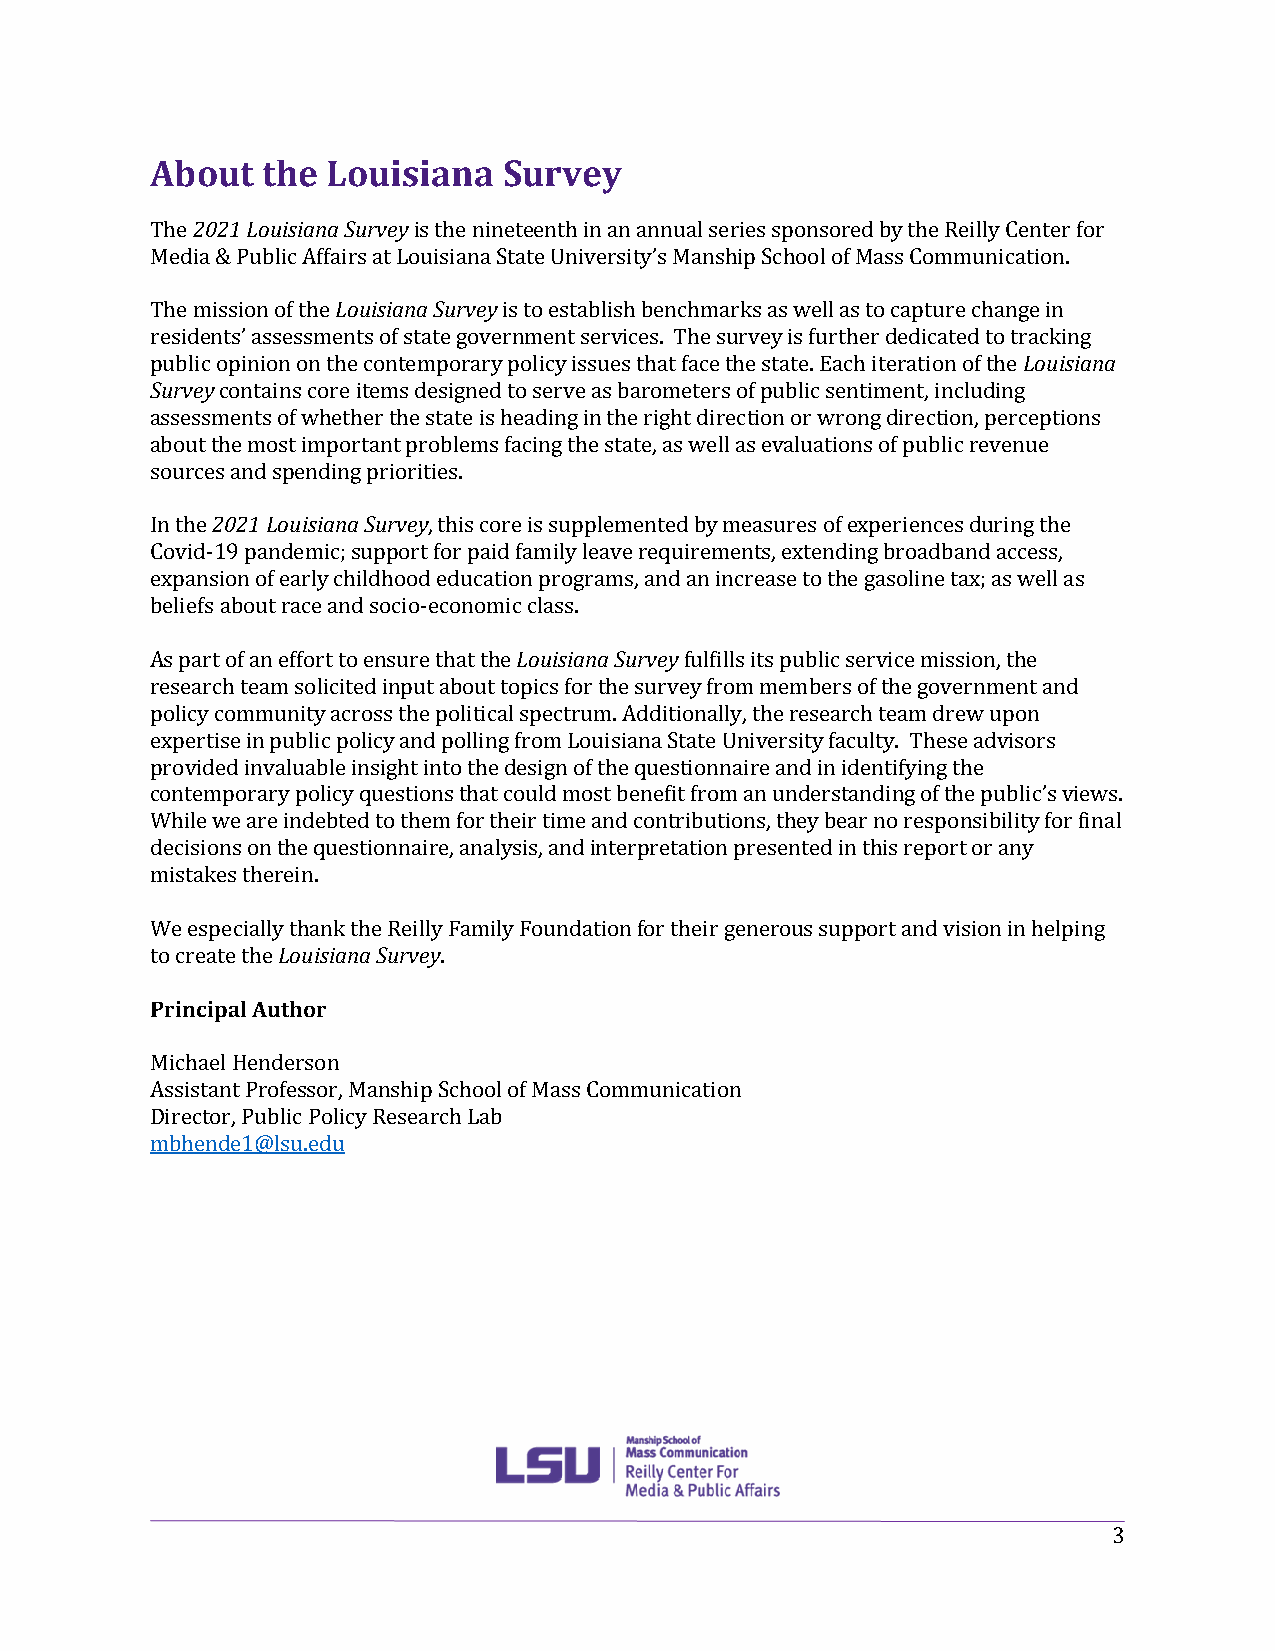
About  the  Louisiana  Survey
 The 2021 Louisiana Survey is the nineteenth in an annual series sponsored by the Reilly Center for
 Media & Public Affairs at Louisiana State University’s Manship School of Mass Communication.
 The mission of the Louisiana Survey is to establish benchmarks as well as to capture change in
 residents’ assessments of state government services. The survey is further dedicated to tracking
 public opinion on the contemporary policy issues that face the state. Each iteration of the Louisiana
 Survey contains core items designed to serve as barometers of public sentiment, including
 assessments of whether the state is heading in the right direction or wrong direction, perceptions
 about the most important problems facing the state, as well as evaluations of public revenue
 sources and spending priorities.
 In the 2021 Louisiana Survey, this core is supplemented by measures of experiences during the
 Covid-19 pandemic; support for paid family leave requirements, extending broadband access,
 expansion of early childhood education programs, and an increase to the gasoline tax; as well as
 beliefs about race and socio-economic class.
 As part of an effort to ensure that the Louisiana Survey fulfills its public service mission, the
 research team solicited input about topics for the survey from members of the government and
 policy community across the political spectrum. Additionally, the research team drew upon
 expertise in public policy and polling from Louisiana State University faculty. These advisors
 provided invaluable insight into the design of the questionnaire and in identifying the
 contemporary policy questions that could most benefit from an understanding of the public’s views.
 While we are indebted to them for their time and contributions, they bear no responsibility for final
 decisions on the questionnaire, analysis, and interpretation presented in this report or any
 mistakes therein.
 We especially thank the Reilly Family Foundation for their generous support and vision in helping
 to create the Louisiana Survey.
 Principal Author
 Michael Henderson
 Assistant Professor, Manship School of Mass Communication
 Director, Public Policy Research Lab
 mbhende1@lsu.edu
 3